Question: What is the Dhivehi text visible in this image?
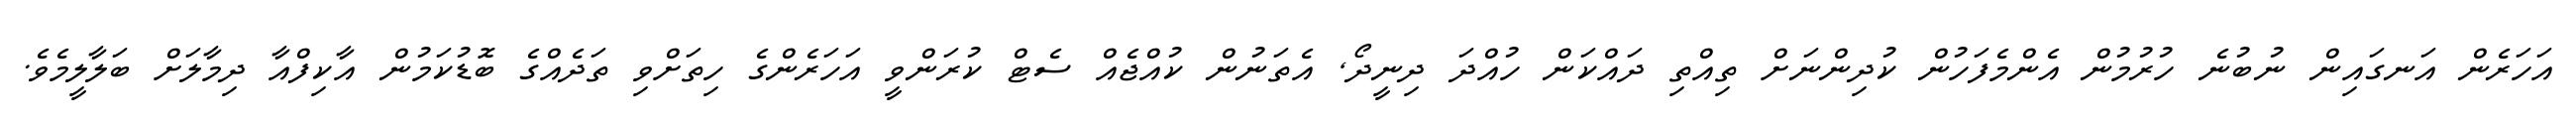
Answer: އަހަރެން އަނގައިން ނުބުނެ ހުރުމުން އެންމެފަހުން ކުދިންނަށް ތިއްތި ދައްކަން ހުއްދަ ދިނީދޯ, އެތަނުން ކުއްޖެއް ސެޓް ކުރަންވީ އަހަރެންގެ ހިތަށްވި ތަދެއްގެ ބޮޑުކަމުން އާކިފްއާ ދިމާލަށް ބަލާލީމެވެ.